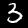
Label: 3